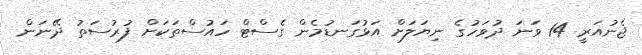
ޖެނުއަރީ 14 ވަނަ ދުވަހުގެ ނިޔަލަށް އަޅުގަނޑުމެން ގެސްޓް ހައުސްތަކަށް ފުރުސަތު ދޭނަން